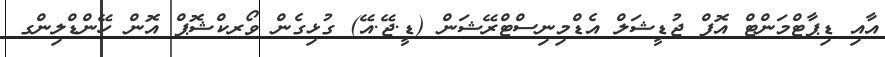
އާއި ޑިޕާޓްމަންޓް އޮފް ޖުޑީޝަލް އެޑްމިނިސްޓްރޭޝަން (ޑީ.ޖޭ.އޭ) ގުޅިގެން ވޯރކްޝޮޕް އޮން ހޭންޑްލިންގ